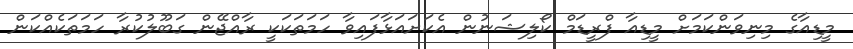
މީޑިއާގެ މިނިވަންކަމަށް މީޑިއާ ފްރީޑަމް ކޯލިޝަނުން އެކަށައަޅާފައިވާ ހަމަތަކަކީ ރާއްޖޭން ގަބޫލުކުރާ ހަމަތަކެއްކަން